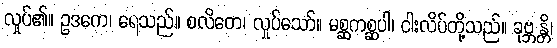
လှုပ်၏။ ဥဒကေ၊ ရေသည်။ စလိတေ၊ လှုပ်သော်။ မစ္ဆကစ္ဆပါ၊ ငါးလိပ်တို့သည်။ ခုဗ္ဘန္တိ၊